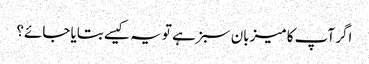
اگر آپ کا میزبان سبز ہے تو یہ کیسے بتایا جائے؟